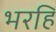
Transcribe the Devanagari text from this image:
भरहिं